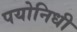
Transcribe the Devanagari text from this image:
पयोनिधी